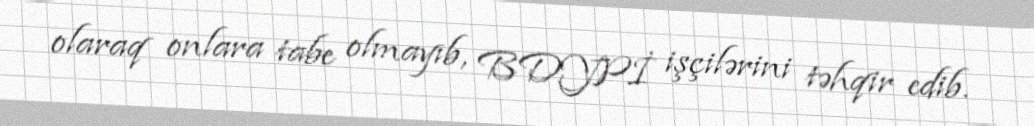
olaraq onlara tabe olmayıb, BDYPİ işçilərini təhqir edib.